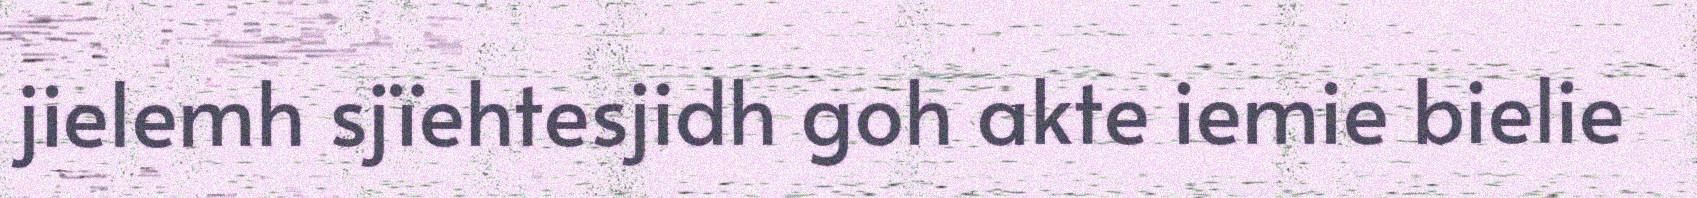
jielemh sjïehtesjidh goh akte iemie bielie